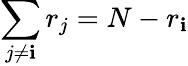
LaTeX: \sum_{j\neq\mathbf{i}}r_{j}=N-r_{\mathbf{i}}